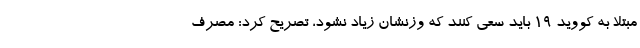
مبتلا به کووید 19 باید سعی کنند که وزنشان زیاد نشود، تصریح کرد: مصرف